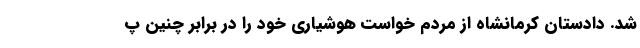
شد. دادستان کرمانشاه از مردم خواست هوشیاری خود را در برابر چنین پ